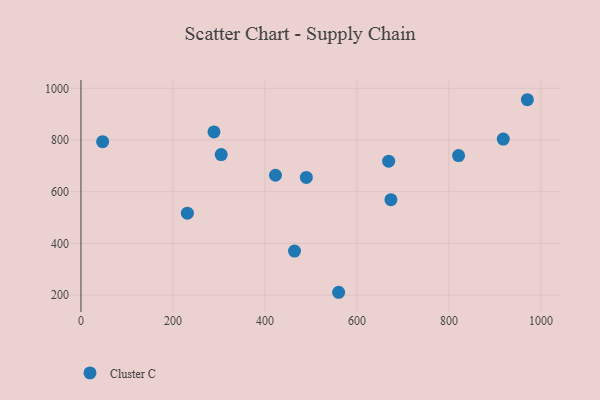
{"axis": {"x": "Price", "y": "Profit"}, "legend": ["Cluster C"], "data": [{"x": "304.9", "y": 743.6, "type": "Cluster C"}, {"x": "970.6", "y": 955.8, "type": "Cluster C"}, {"x": "47.1", "y": 793.3, "type": "Cluster C"}, {"x": "231.4", "y": 516.6, "type": "Cluster C"}, {"x": "918.2", "y": 803.4, "type": "Cluster C"}, {"x": "669.0", "y": 718.0, "type": "Cluster C"}, {"x": "422.9", "y": 663.6, "type": "Cluster C"}, {"x": "821.0", "y": 739.6, "type": "Cluster C"}, {"x": "673.9", "y": 569.1, "type": "Cluster C"}, {"x": "289.2", "y": 831.3, "type": "Cluster C"}, {"x": "464.3", "y": 370.2, "type": "Cluster C"}, {"x": "490.0", "y": 655.0, "type": "Cluster C"}, {"x": "560.2", "y": 210.7, "type": "Cluster C"}]}